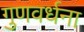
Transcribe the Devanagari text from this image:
गुणवर्धना